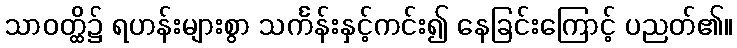
သာဝတ္ထိ၌ ရဟန်းများစွာ သင်္ကန်းနှင့်ကင်း၍ နေခြင်းကြောင့် ပညတ်၏။